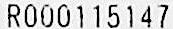
STRICTLY NO CASH REFUND.